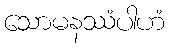
သောမနဿံပါဟံ